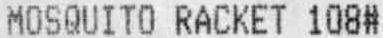
MOSQUITO RACKET 108#